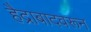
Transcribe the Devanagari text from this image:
हैद्राबादवरून